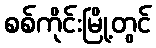
စစ်ကိုင်းမြို့တွင်